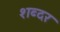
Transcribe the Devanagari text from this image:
शब्दर